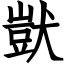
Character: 獃